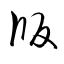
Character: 版